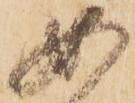
女